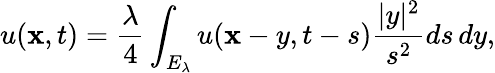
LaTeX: u(\mathbf{x},t)={\frac{{\lambda}}{{4}}}\int_{E_{\lambda}}u(\mathbf{x}-y,t-s){\frac{{|y|^{2}}}{{s^{2}}}}ds\, dy,